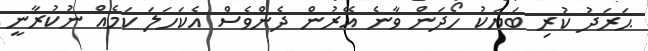
ޙަރަދު ކުރި ބަޔަކު ހޯދަން ވާނެ އޭރުން ދެންވެސް އެކަހަލަ ކަމެއް ނުކުރާނީ